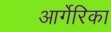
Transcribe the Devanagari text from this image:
आर्गेरिका